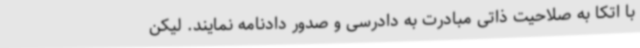
با اتکا به صلاحیت ذاتی مبادرت به دادرسی و صدور دادنامه نمایند. لیکن